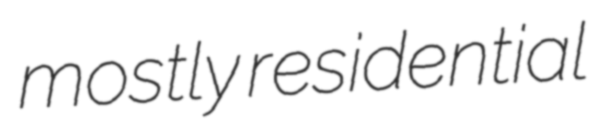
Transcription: mostly residential